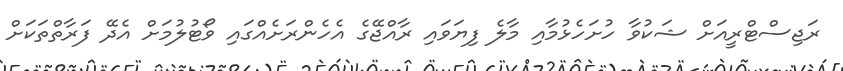
ރަޖިސްޓްރީއަށް ޝަކުވާ ހުށަހެޅުމާއި މާލެ ފިޔަވައި ރާއްޖޭގެ އެހެންރަށެއްގައި ވޯޓުލުމަށް އެދޭ ފަރާތްތަކަށް